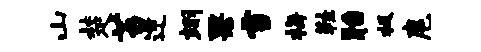
山楚苔逆翊果雪梅鞋胎极扈